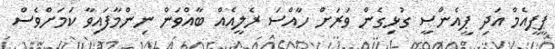
ޕީޕީއެމް އަދި ޕީއެންސީ ގުޅިގެން ވަރަށް ހާއްސަ ރެލީއެއް ބާއްވަން ނިންމާފައިވާ ކަމަށްވެސް